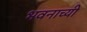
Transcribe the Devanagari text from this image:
भवनाच्यी